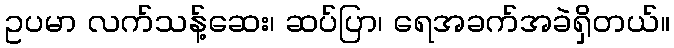
ဥပမာ လက်သန့်ဆေး၊ ဆပ်ပြာ၊ ရေအခက်အခဲရှိတယ်။